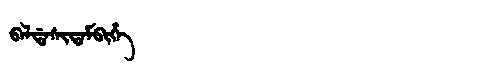
Manchu: ᠪᠠᠯᡩᠠᠰᡳᡨᠠᠮᠪᡳᡥᡝ
Romanization: BALDASITAMBIHE